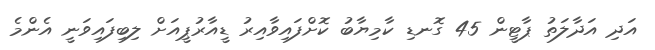
އަދި އަދާލަތު ޕާޓީން 45 ގޮނޑި ކާމިޔާބު ކޮށްފައިވާއިރު ޑީއާރުޕީއަށް ލިބިފައިވަނީ އެންމެ